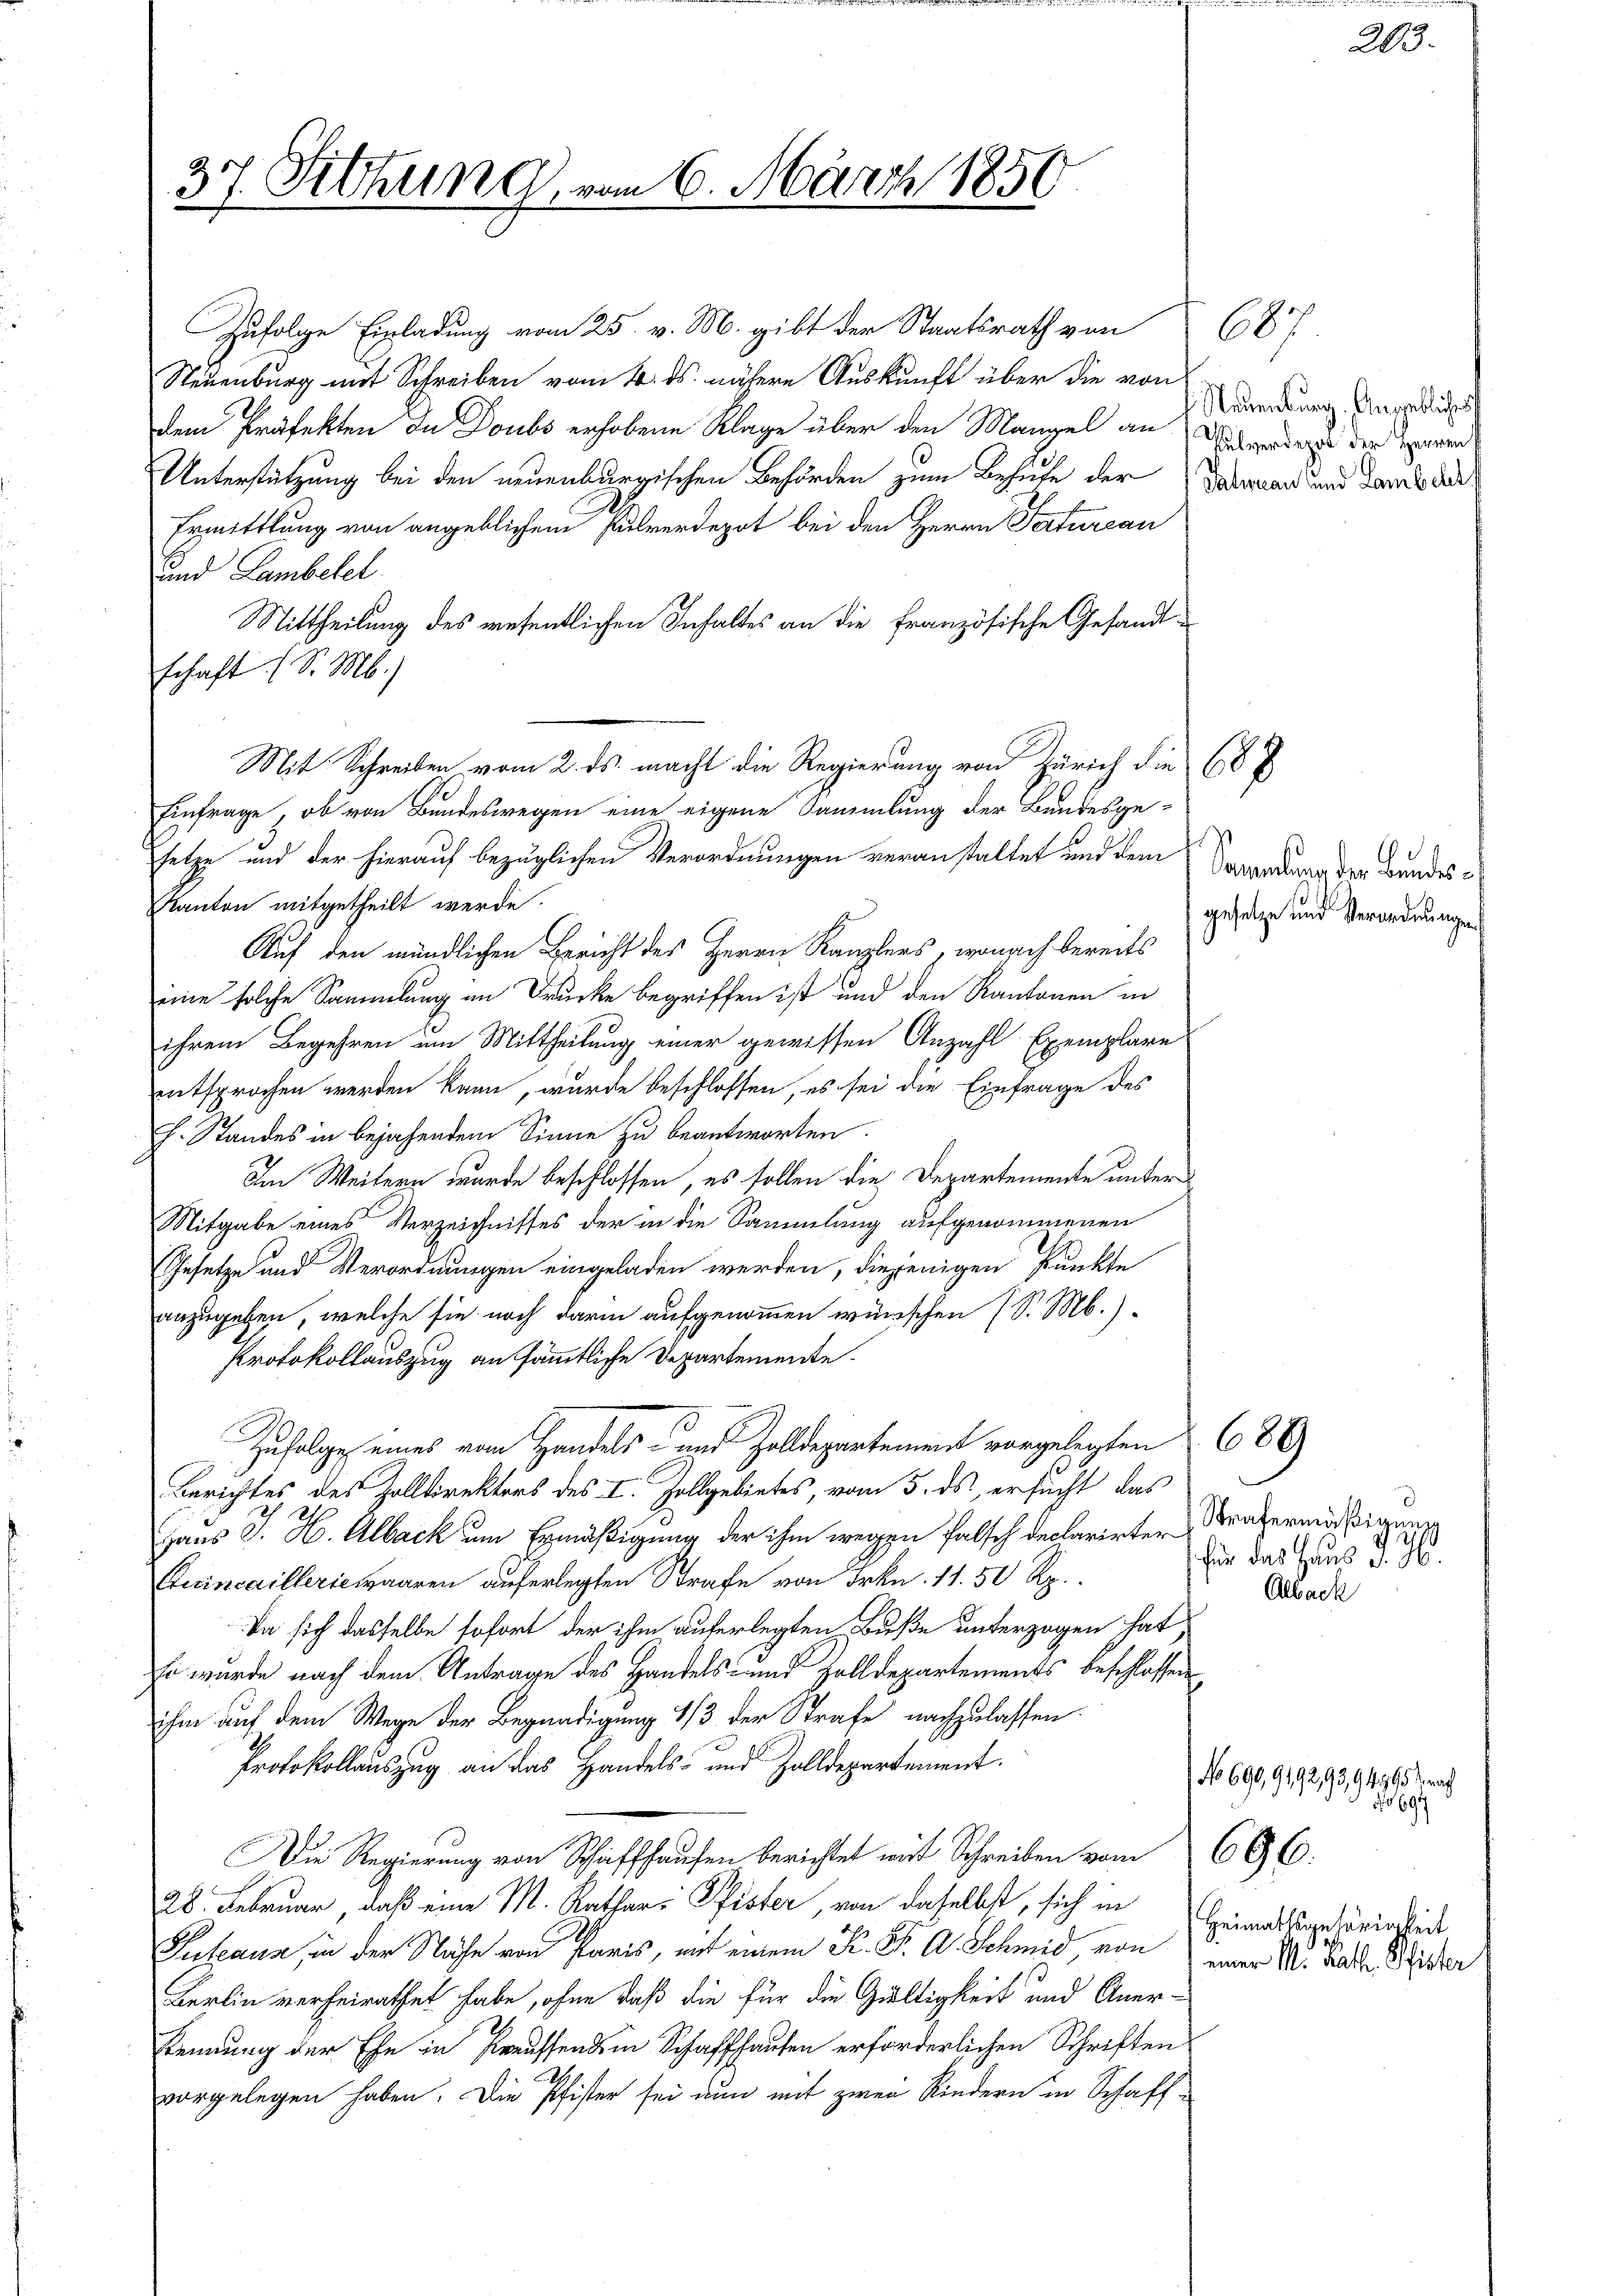
37. Sitzung, vom 6. März 1856

Zufolge Einladung vom 25. v. M. gibt der Staatsrath von
Steuenburg mit Schreiben vom 4. ds. nähere Auskunft über die von
dem Präfekten du Doubs erhobene Klage über den Mangel an Zierdent der paren
Unterstützung bei den neuenburgischen Behörden zum Behufe der
Ermittlung von angeblichen Pulverdepot bei den Herrn Satureau
und Lambetel
Mittheilung des wesentlichen Inhaltes an die Französische Gesandtschaft (S. M.)
setze und der hierauf bezüglichen Verordnungen veranstaltet und dem
Kanton mitgetheilt werde.
Auf den mündlichen Bericht des Herrn Kanzlers, wonach bereits
eine solche Sammlung an Drucke begriffen ist und den Kantonen in
ihrem Begehren um Mittheilung einer gewissen Anzahl Exemplare
entsprochen werden kann, wurde beschlossen, es sei die Einfrage des
h. Standes in bejahendem Sinne zu beantworten.
Im Weitern wurde beschlossen, es sollen die Departemente unter
Mitgabe eines Verzeichnisses der in die Sammlung aufgenommenen
Gesetze und Verordnungen eingeladen werden, diejenigen Punkte
anzugeben, welche sie noch darin aufgenommen wünschen (S. M.)
Protokollauszug an sämmtliche Departemente.
Zufolge eines vom Handels- und Zolldepartement vorgelegten
Berichtes des Zolldirektors des I. Zollgebietes, vom 5. ds. ersucht das
Haus J. H. Alback um Ermäßigung der ihm wegen falsch declarirten Strazermäßig
Quincailleriewaaren auferlegten Strafe von Frkn. 11. 50 Rp.
Da sich dasselbe sofort der ihm auferlegten Buße unterzogen hat
so wurde nach dem Antrage des Handels- und Zolldepartements beschlossen
ihm auf dem Wege der Begnadigung 1/3 der Strafe nachzulassen.
Protokollauszug an das Handels- und Zolldepartement.
Die Regierung von Schaffhausen berichtet mir Schreiben vom
28. Februar, daß eine M. Kathar. Pfister, von daselbst, sich in
Puleans, in der Nähe von Paris, mit einem K. K. A. Schmid von
Berlin verheirathet habe, ohne daß die für die Gültigkeit und Aner-
kennung der Ehe in Preussende in Schaffhausen erforderlichen Schriften
vorgelegen haben. Die Pfister sei nun mit zwei Kindern in Schaft-

Mit Schreiben vom 2. ds. macht die Regierung von Zürich die 687
Einfrage, ob von Bundeswegen eine eigene Sammlung der Bundesge-

687
Neuenburg. Angebliches
Taturau und Lambelts

s

696

689

203.

Sammlung der Bundesgesetze und Verordnungen

für das Haus J. J.
Alsach

No 690,9192/93,94761 nach
No 694

Heimatsgehörigkeit
einer M. Rath Pfister